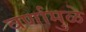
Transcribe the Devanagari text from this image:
वर्णामुळे